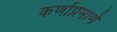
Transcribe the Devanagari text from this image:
कर्णाप्रमाणे